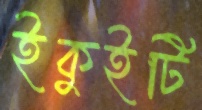
ইকুইটি